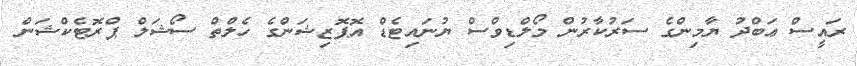
ރައީސް ޢަބްދު ޔާމިންގެ ސަރުކާރުން މޯލްޑިވްސް ޔުނައިޓެޑް އޮޕޮޒިޝަންގެ ހެލްތް ސޯޝަލް ޕްރޮޓެކްޝަން